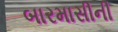
બારમાસીની